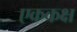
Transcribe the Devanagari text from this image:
एककक्ष